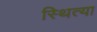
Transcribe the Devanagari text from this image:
स्थित्या